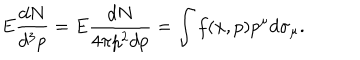
E { \frac { d N } { d ^ { 3 } p } } = E { \frac { d N } { 4 \pi p ^ { 2 } d p } } = \int f ( x , p ) p ^ { \mu } d \sigma _ { \mu } .